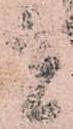
者